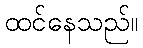
ထင်နေသည်။